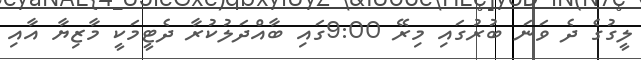
ލީގުގެ ދެ ވަނަ ބުރުގައި މިރޭ 9:00ގައި ބާއްދަލުކުރާ ދެޓީމަކީ މާޒިޔާ އާއި